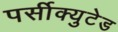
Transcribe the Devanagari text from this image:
पर्सीक्युटेड